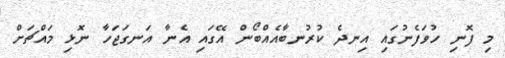
މި ފޮނި ހުވަފެނުގައި އިނދެ ކުރުނބާއެއްބޯން އޭގައި އެނާ އަނގަޖަހާ ނޮޅި މައްޗަށް